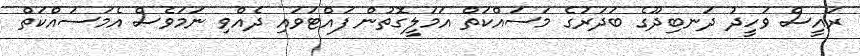
ރައީސް ވަހީދު ދަނބިދޫގެ ބަދަރުގެ މަސައްކަތް އަމަލީގޮތުން ފައްޓަވައި ދެއްވި ނަމަވެސް އެމަސައްކަތް